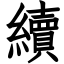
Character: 續